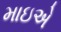
માઇએ